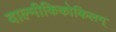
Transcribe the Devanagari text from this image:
वाल्मीकिकोकिलम्‌